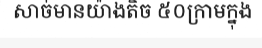
សាច់មានយ៉ាងតិច ៥០ក្រាមក្នុង